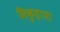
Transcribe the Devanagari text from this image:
सिकुड़ाया